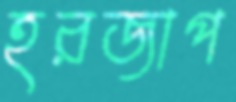
হরজাপ